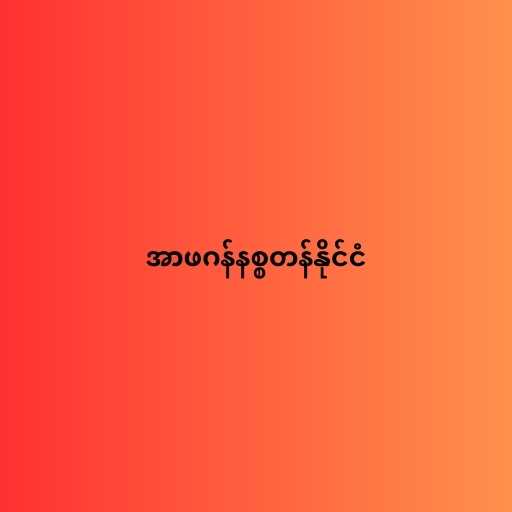
အာဖဂန်နစ္စတန်နိုင်ငံ